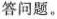
答问题。